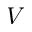
V